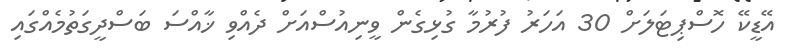
އޭޑީކޭ ހޮސްޕިޓަލަށް 30 އަހަރު ފުރުމާ ގުޅިގެން ވީނިއުސްއަށް ދެއްވި ޚާއްސަ ބަސްދީގަތުމެއްގައި